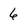
Character: 6